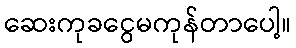
ဆေးကုခငွေမကုန်တာပေါ့။